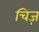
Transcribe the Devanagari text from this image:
चिज़